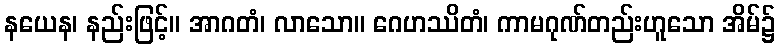
နယေန၊ နည်းဖြင့်။ အာဂတံ၊ လာသော။ ဂေဟဿိတံ၊ ကာမဂုဏ်တည်းဟူသော အိမ်၌